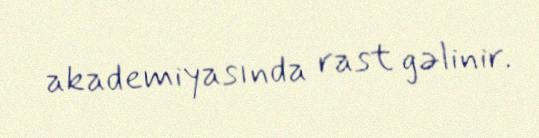
akademiyasında rast gəlinir.